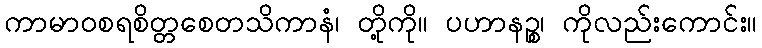
ကာမာဝစရစိတ္တစေတသိကာနံ၊ တို့ကို။ ပဟာနဉ္စ၊ ကိုလည်းကောင်း။